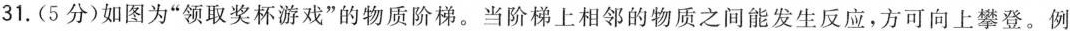
31.(5分)如图为”领取奖杯游戏”的物质阶梯。当阶梯上相邻的物质之间能发生反应，方可向上攀登。例